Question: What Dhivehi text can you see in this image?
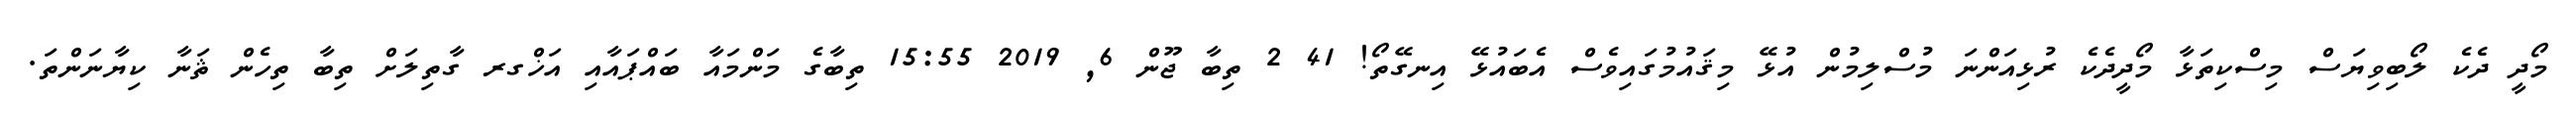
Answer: މޯދީ ދެކެ ލޯބިވިޔަސް މިސްކިތަޅާ މޯދީދެކެ ރުޅިއަންނަ މުސްލިމުން އުޅޭ މިޤައުމުގައިވެސް އެބައުޅޭ އިނގޭތޯ! 41 2 ތިބާ ޖޫން 6, 2019 15:55 ތިބާގެ މަންމައާ ބައްޕައާއި އަޚްގރ ގާތިލަށް ތިބާ ތިހެން ޘަނާ ކިޔާނަންތަ.